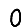
Digit: 0